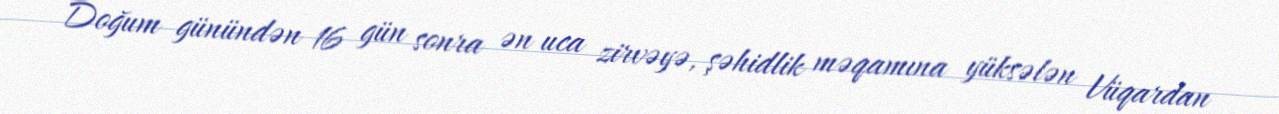
Doğum günündən 16 gün sonra ən uca zirvəyə, şəhidlik məqamına yüksələn Vüqardan